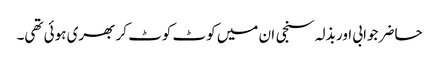
حاضر جوابی اور بذلہ سنجی ان میں کوٹ کوٹ کر بھری ہوئی تھی۔